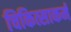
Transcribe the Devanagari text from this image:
चिकित्साकर्म